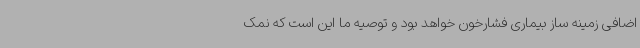
اضافی زمینه ساز بیماری فشارخون خواهد بود و توصیه ما این است که نمک